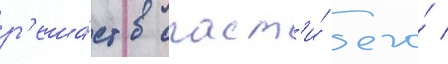
р'еша́ет спаст'и́ его́ /